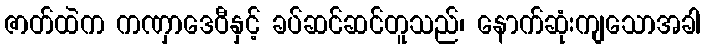
ဇာတ်ထဲက ကဏှာဒေဝီနှင့် ခပ်ဆင်ဆင်တူသည်၊ နောက်ဆုံးကျသောအခါ